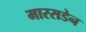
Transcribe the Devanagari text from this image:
मारसडेन